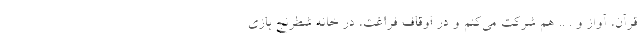
قرآن، آواز و . .. هم شرکت می‌کنم و در اوقاف فراغت، در خانه شطرنج بازی